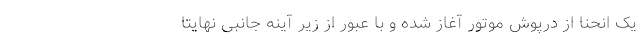
یک انحنا از درپوش موتور آغاز شده و با عبور از زیر آینه جانبی نهایتا